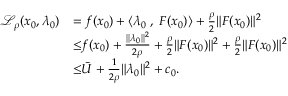
\begin{array} { r l } { \mathcal { L } _ { \rho } ( x _ { 0 } , \lambda _ { 0 } ) } & { = f ( x _ { 0 } ) + \langle \lambda _ { 0 } \; , \; F ( x _ { 0 } ) \rangle + \frac { \rho } { 2 } \| F ( x _ { 0 } ) \| ^ { 2 } } \\ & { { \overset { } { \leq } } f ( x _ { 0 } ) + \frac { \| \lambda _ { 0 } \| ^ { 2 } } { 2 \rho } + \frac { \rho } { 2 } \| F ( x _ { 0 } ) \| ^ { 2 } + \frac { \rho } { 2 } \| F ( x _ { 0 } ) \| ^ { 2 } } \\ & { { \overset { } { \leq } } \bar { U } + \frac { 1 } { 2 \rho } \| \lambda _ { 0 } \| ^ { 2 } + c _ { 0 } . } \end{array}